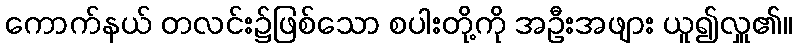
ကောက်နယ် တလင်း၌ဖြစ်သော စပါးတို့ကို အဦးအဖျား ယူ၍လှူ၏။